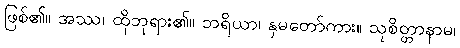
ဖြစ်၏။ အဿ၊ ထိုဘုရား၏။ ဘရိယာ၊ နှမတော်ကား။ သုစိတ္တာနာမ၊